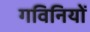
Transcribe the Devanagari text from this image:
गविनियों